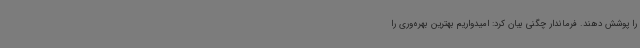
را پوشش دهند. فرماندار چگنی بیان کرد: امیدواریم بهترین بهره‌وری را